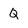
Character: Q